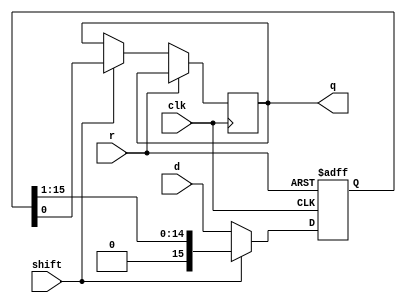
module part12(clk, r, shift, d, q);

input clk, r, shift;
input [15:0] d;
output reg q;
reg [15:0] temp;

always@(posedge clk or posedge r)
 begin

  if(r)
   temp <= 16'b0;
  else if(shift)
   begin
    q <= temp[0];
    temp <= temp >> 1;
   end
  else
   temp <= d;

 end

endmodule